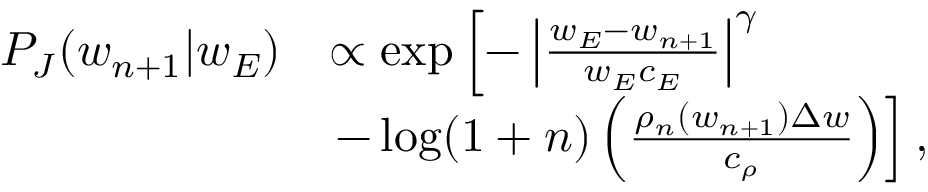
\begin{array} { r } { \begin{array} { r l } { P _ { J } ( w _ { n + 1 } \vert w _ { E } ) } & { \propto \exp \left[ - \left\vert \frac { w _ { E } - w _ { n + 1 } } { w _ { E } c _ { E } } \right\vert ^ { \gamma } \right. } \\ & { \left. - \log ( 1 + n ) \left( \frac { \rho _ { n } ( w _ { n + 1 } ) \Delta w } { c _ { \rho } } \right) \right] , } \end{array} } \end{array}